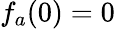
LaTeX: f_{a}(0)=0